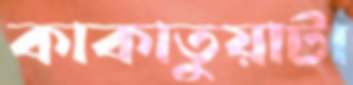
কাকাতুয়াটা